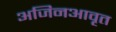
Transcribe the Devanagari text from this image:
अजिनआवृत